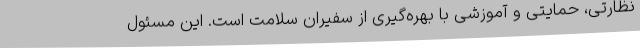
نظارتی، حمایتی و آموزشی با بهره‌گیری از سفیران سلامت است. این مسئول